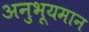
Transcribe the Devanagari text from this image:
अनुभूयमान